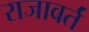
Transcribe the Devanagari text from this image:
राजावर्तं